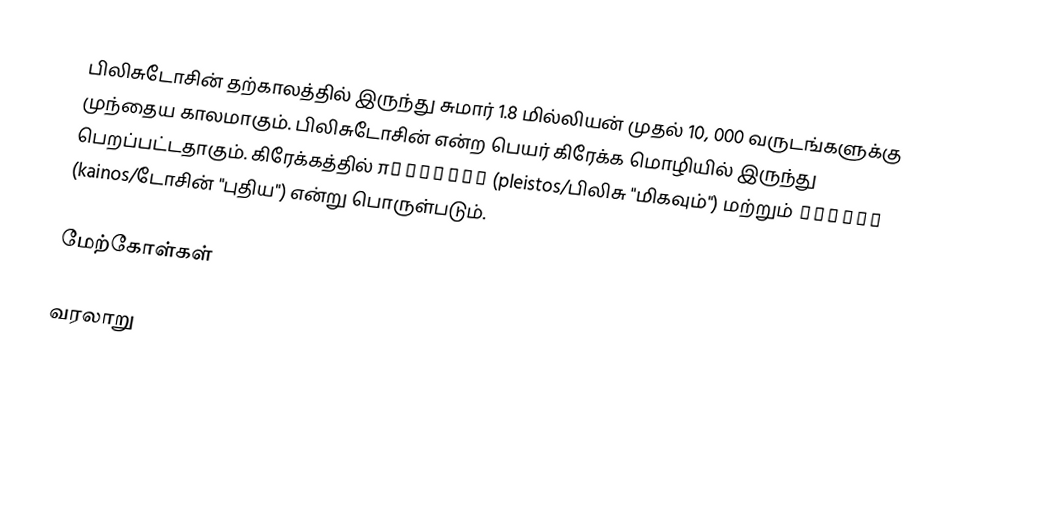
பிலிசுடோசின் தற்காலத்தில் இருந்து சுமார் 1.8 மில்லியன் முதல் 10, 000 வருடங்களுக்கு முந்தைய காலமாகும். பிலிசுடோசின் என்ற பெயர் கிரேக்க மொழியில் இருந்து பெறப்பட்டதாகும். கிரேக்கத்தில் πλεῖστος (pleistos/பிலிசு "மிகவும்") மற்றும் καινός (kainos/டோசின் "புதிய") என்று பொருள்படும்.

மேற்கோள்கள்

வரலாறு